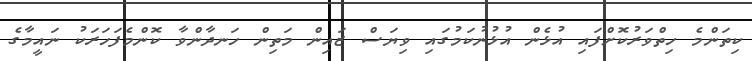
ކިތަންމެ ހިތްވަރުކޮށްފައި އުޅެން އުޅުނުކަމުގައި ވިޔަސް ޒައިން މަތިން ހަނދާންވާ ކޮންމެފަހަރަކު ނައީމާގެ